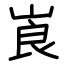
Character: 崀